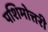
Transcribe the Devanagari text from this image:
पशिमोत्तरी